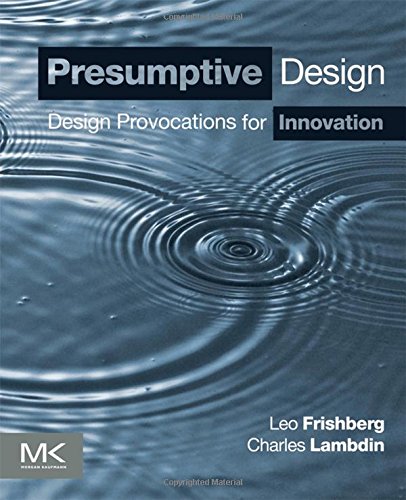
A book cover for Presumptive Design: Design Provocations for Innovation; Leo Frishberg; Computers & Technology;